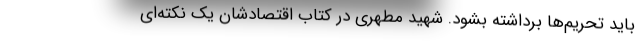
باید تحریم‌ها برداشته بشود. شهید مطهری در کتاب اقتصادشان یک نکته‌ای